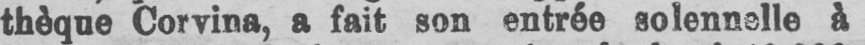
thèque Corvina, a fait son entrée solennelle à